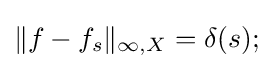
\|f-f_{s}\|_{\infty ,X}=\delta (s);